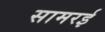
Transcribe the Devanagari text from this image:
सामरई